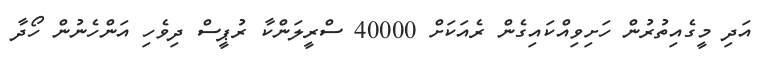
އަދި މީގެއިތުރުން ހަށިވިއްކައިގެން ރެއަކަށް 40000 ސްރީލަންކާ ރުޕީސް ދިވެހި އަންހެނުން ހޯދާ